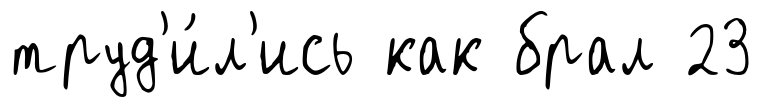
труд'и́л'ись как брал 23